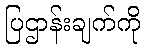
ပြဌာန်းချက်ကို